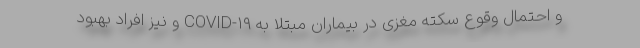
و احتمال وقوع سکته مغزی در بیماران مبتلا به COVID-۱۹ و نیز افراد بهبود